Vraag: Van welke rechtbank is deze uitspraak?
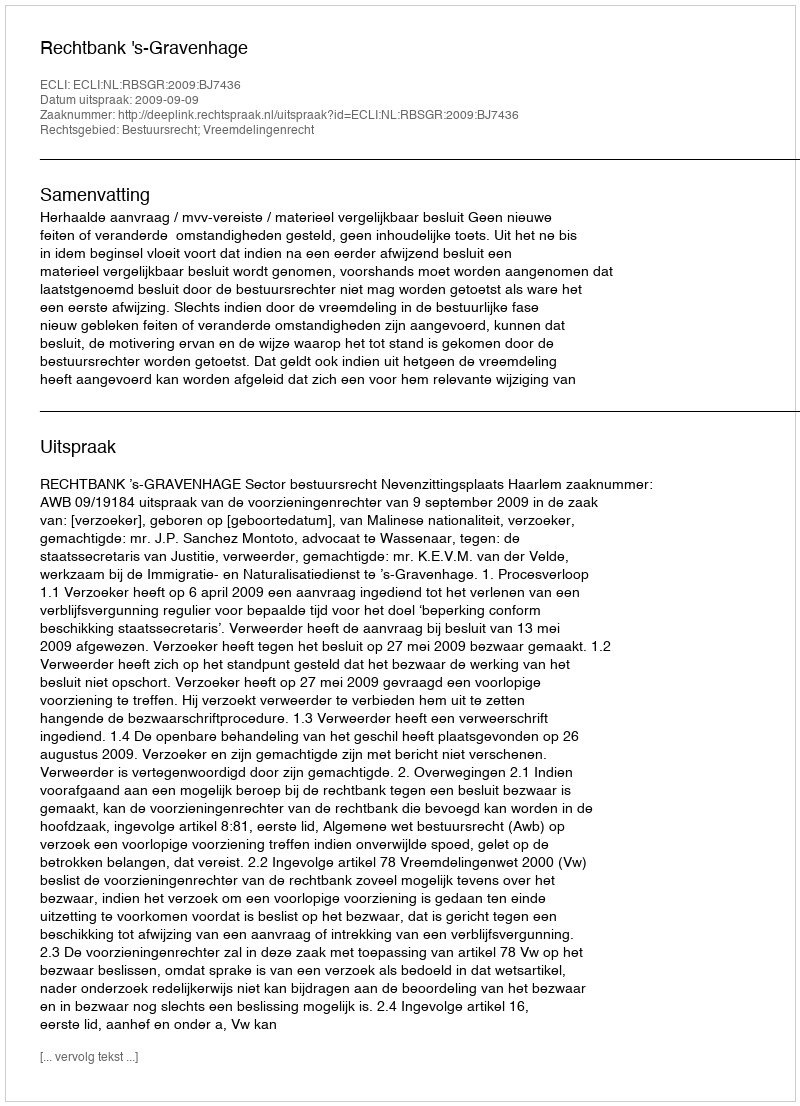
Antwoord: Rechtbank 's-Gravenhage